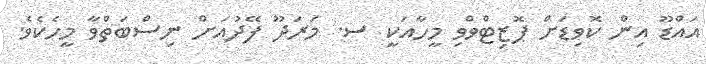
އައްޑޫ އިން ކޮވިޑަށް ޕޮޒިޓްވްވި މީހާއަކީ ސ. މަރަދޫ ފޭދުއަށް ނިސްބަތްވާ މީހެކެވެ.